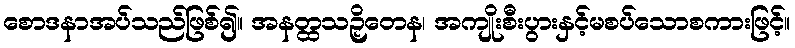
စောဒနာအပ်သည်ဖြစ်၍။ အနတ္ထသဉှိတေန၊ အကျိုးစီးပွားနှင့်မစပ်သောစကားဖြင့်။